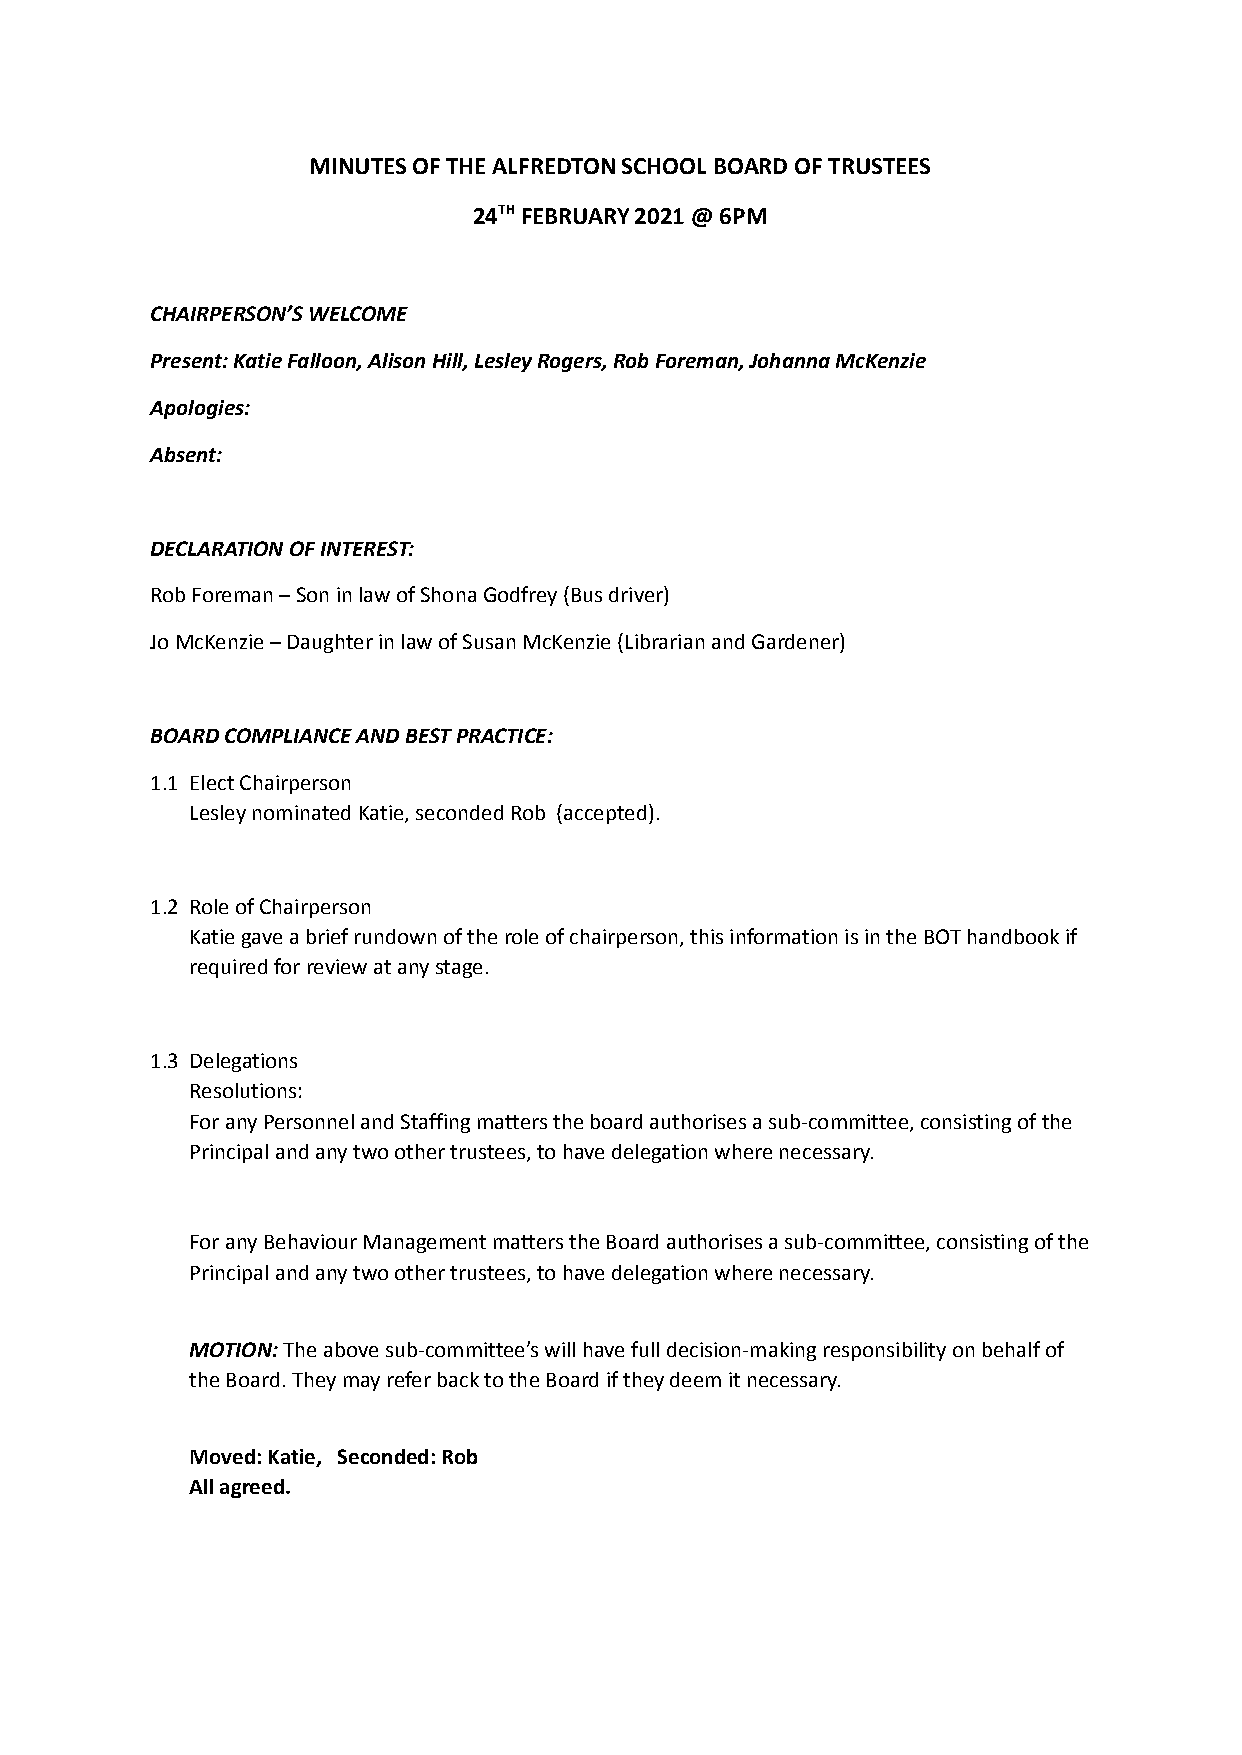
MINUTES OF THE ALFREDTON SCHOOL BOARD OF TRUSTEES
 24THFEBRUARY 2021 @ 6PM
 CHAIRPERSON’S WELCOME
 Present: Katie Falloon, Alison Hill, Lesley Rogers,Rob Foreman, Johanna McKenzie
 Apologies:
 Absent:
 DECLARATION OF INTEREST:
 Rob Foreman – Son in law of Shona Godfrey (Bus driver)
 Jo McKenzie – Daughter in law of Susan McKenzie (Librarianand Gardener)
 BOARD COMPLIANCE AND BEST PRACTICE:
 1.1 Elect Chairperson
 Lesley nominated Katie, seconded Rob (accepted).
 1.2 Role of Chairperson
 Katie gave a brief rundown of the role of chairperson,this information is in the BOT handbook if
 required for review at any stage.
 1.3 Delegations
 Resolutions:
 For any Personnel and Staffing matters the board authorisesa sub-committee, consisting of the
 Principal and any two other trustees, to have delegationwhere necessary.
 For any Behaviour Management matters the Board authorisesa sub-committee, consisting of the
 Principal and any two other trustees, to have delegationwhere necessary.
 MOTION:The above sub-committee’s will have full decision-makingresponsibility on behalf of
 the Board. They may refer back to the Board if theydeem it necessary.
 Moved: Katie, Seconded: Rob
 All agreed.